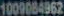
1009084962